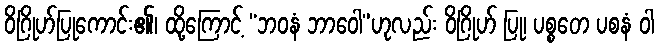
ဝိဂြိုဟ်ပြုကောင်း၏၊ ထို့ကြောင့် “ဘဝနံ ဘာဝေါ”ဟုလည်း ဝိဂြိုဟ် ပြု၊ ပစ္စတေ ပစနံ ဝါ